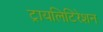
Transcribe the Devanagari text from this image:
ट्रायलिटिरेशन